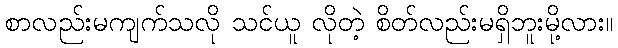
စာလည်းမကျက်သလို သင်ယူ လိုတဲ့ စိတ်လည်းမရှိဘူးမို့လား။